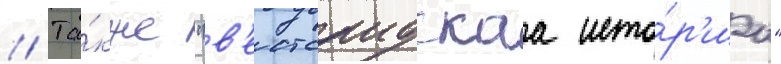
// Та́кже "в'естсаидскаа исто́р'иа"